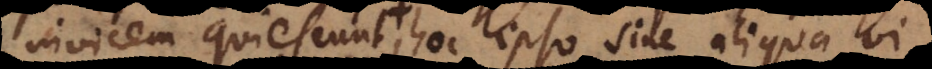
invicem quiescunt, hoc ipso sine aliqua vi,